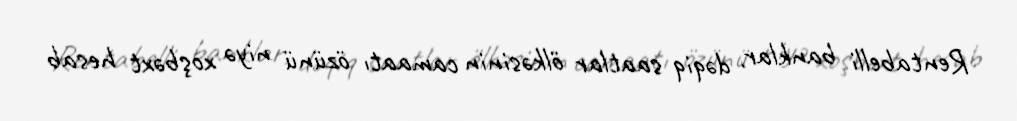
Rentabelli banklar, dəqiq saatlar ölkəsinin camaatı özünü niyə xoşbəxt hesab